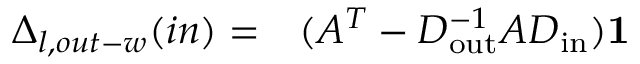
\begin{array} { r l } { \Delta _ { l , o u t - w } ( i n ) = } & { { } ( A ^ { T } - D _ { \mathrm { o u t } } ^ { - 1 } A D _ { \mathrm { i n } } ) \mathbf { 1 } } \end{array}